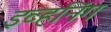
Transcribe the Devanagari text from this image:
इव्हनिंग